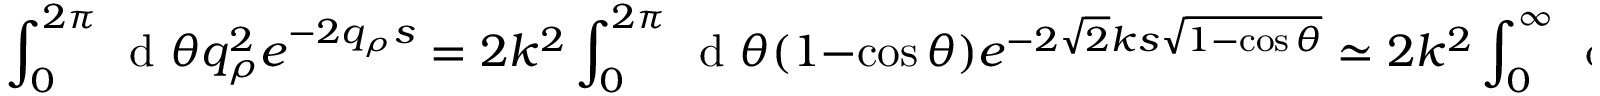
\int _ { 0 } ^ { 2 \pi } \, \mathrm { ~ d ~ } \theta q _ { \rho } ^ { 2 } e ^ { - 2 q _ { \rho } s } = 2 k ^ { 2 } \int _ { 0 } ^ { 2 \pi } \, \mathrm { ~ d ~ } \theta ( 1 - \cos \theta ) e ^ { - 2 \sqrt { 2 } k s \sqrt { 1 - \cos \theta } } \simeq 2 k ^ { 2 } \int _ { 0 } ^ { \infty } \, \mathrm { ~ d ~ } \theta \theta ^ { 2 } e ^ { - 2 k s \theta }